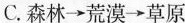
C.森林\rightarrow荒漠\rightarrow草原